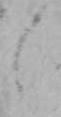
え